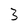
Character: 3